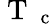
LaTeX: \mathrm{~T~}_{\mathrm{~c~}}